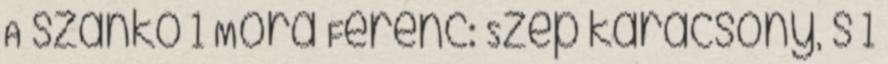
A szánkó 1 Móra Ferenc: Szép karácsony, s 1